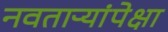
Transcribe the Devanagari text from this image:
नवताऱ्यांपेक्षा